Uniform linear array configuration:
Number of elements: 48
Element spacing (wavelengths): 0.25
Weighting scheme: exponential
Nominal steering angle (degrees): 30
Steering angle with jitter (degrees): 31.776
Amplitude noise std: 0.05
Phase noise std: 0.05

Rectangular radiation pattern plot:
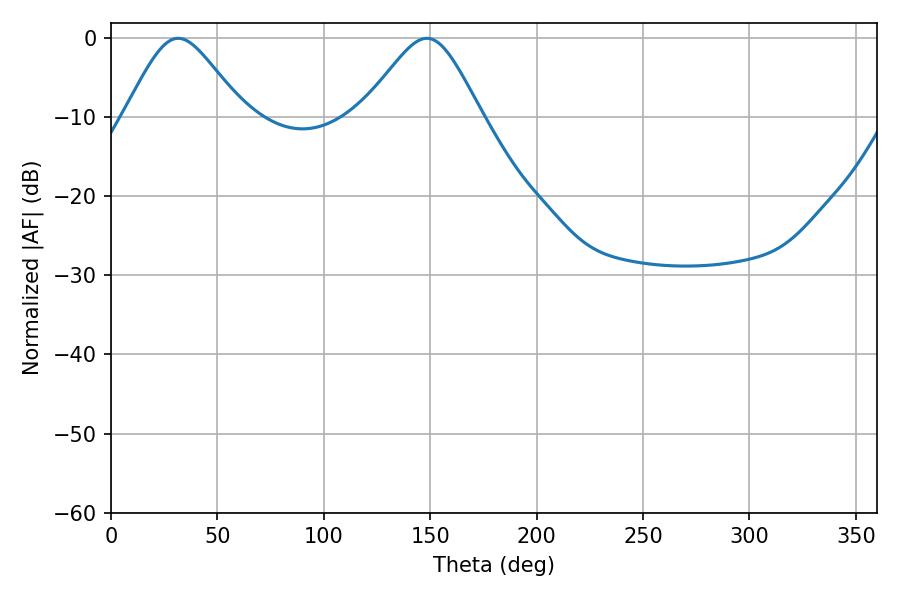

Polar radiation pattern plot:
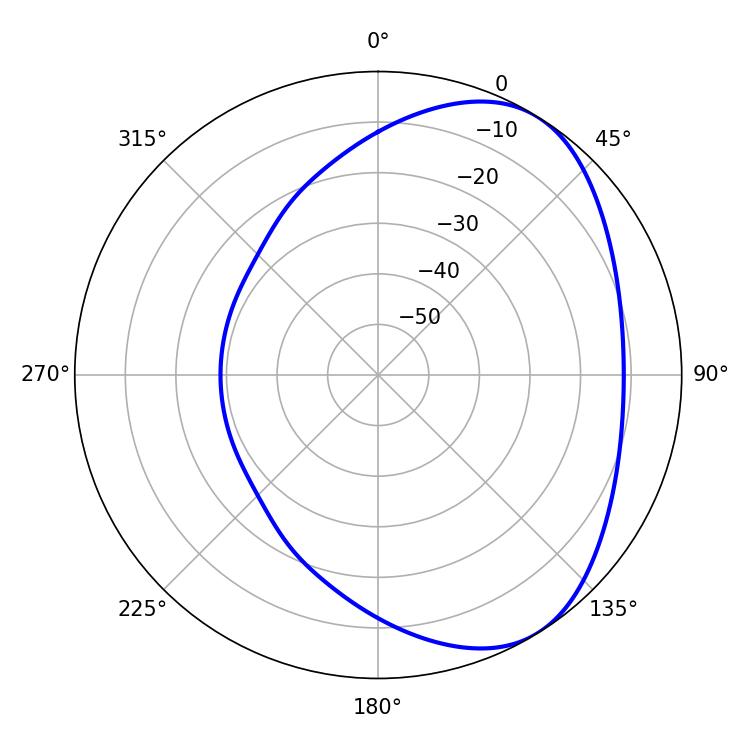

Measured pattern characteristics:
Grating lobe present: FALSE
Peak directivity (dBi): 4.875
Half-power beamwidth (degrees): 27.36
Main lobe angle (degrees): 31.5